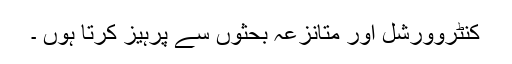
کنٹروورشل اور متانزعہ بحثوں سے پرہیز کرتا ہوں ۔